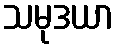
သမုဒယာ